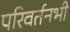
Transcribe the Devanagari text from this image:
परिवर्तनभी